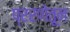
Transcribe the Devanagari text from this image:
प्ररणेतून